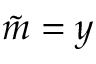
\tilde { m } = y